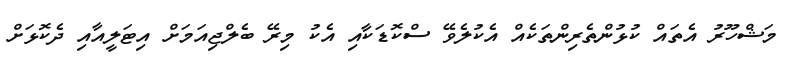
މަޝްހޫރު އެތައް ކުޅުންތެރިންތަކެއް އެކުލެވޭ ސްކޮޑަކާއި އެކު މިރޭ ބެލްޖިއަމަށް އިޓަލީއާއި ދެކޮޅަށް